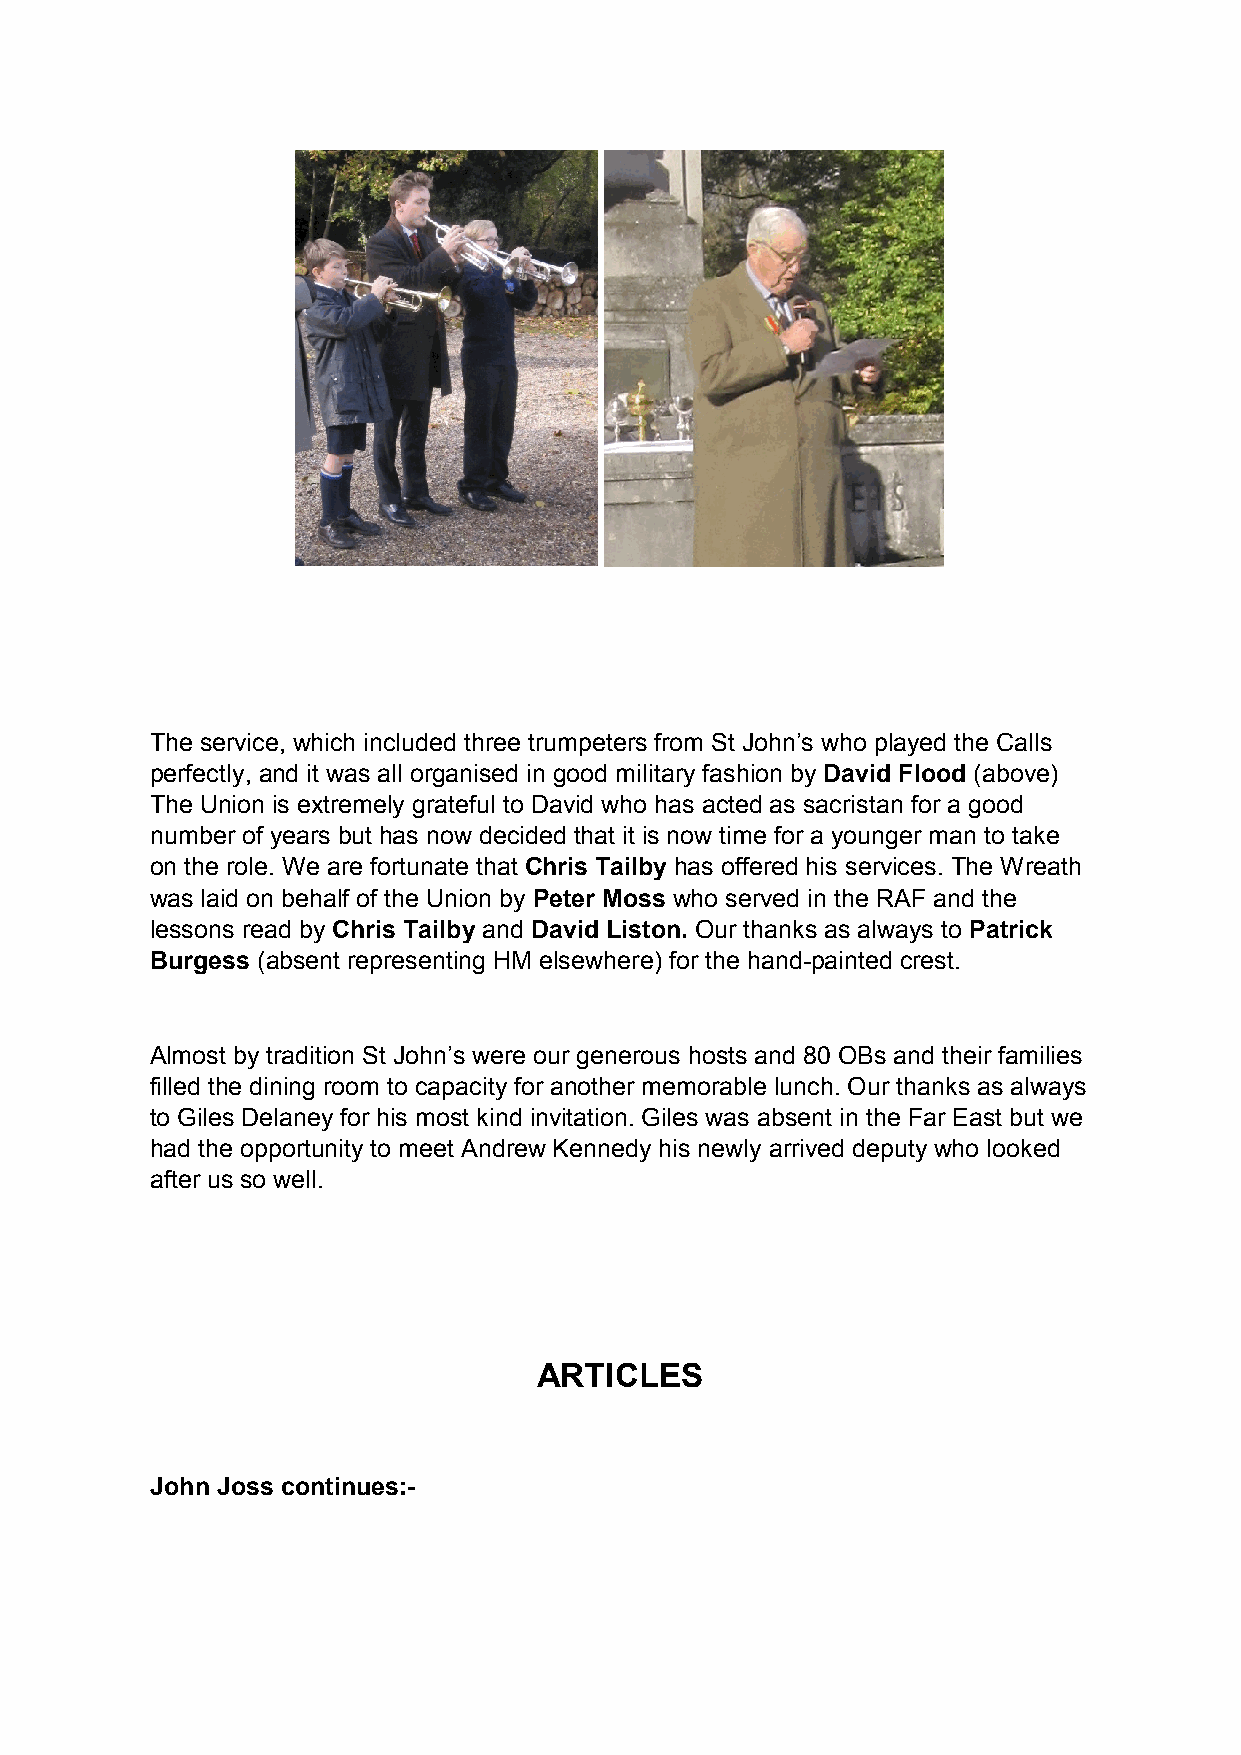
The service, which included three trumpeters from St John’s who played the Calls
 perfectly, and it was all organised in good military fashion by David Flood (above)
 The Union is extremely grateful to David who has acted as sacristan for a good
 number of years but has now decided that it is now time for a younger man to take
 on the role. We are fortunate that Chris Tailby has offered his services. The Wreath
 was laid on behalf of the Union by Peter Moss who served in the RAF and the
 lessons read by Chris Tailby and David Liston. Our thanks as always to Patrick
 Burgess (absent representing HM elsewhere) for the hand-painted crest.
 Almost by tradition St John’s were our generous hosts and 80 OBs and their families
 filled the dining room to capacity for another memorable lunch. Our thanks as always
 to Giles Delaney for his most kind invitation. Giles was absent in the Far East but we
 had the opportunity to meet Andrew Kennedy his newly arrived deputy who looked
 after us so well.
 ARTICLES
 John Joss continues:-